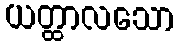
ယတ္ထာလသော